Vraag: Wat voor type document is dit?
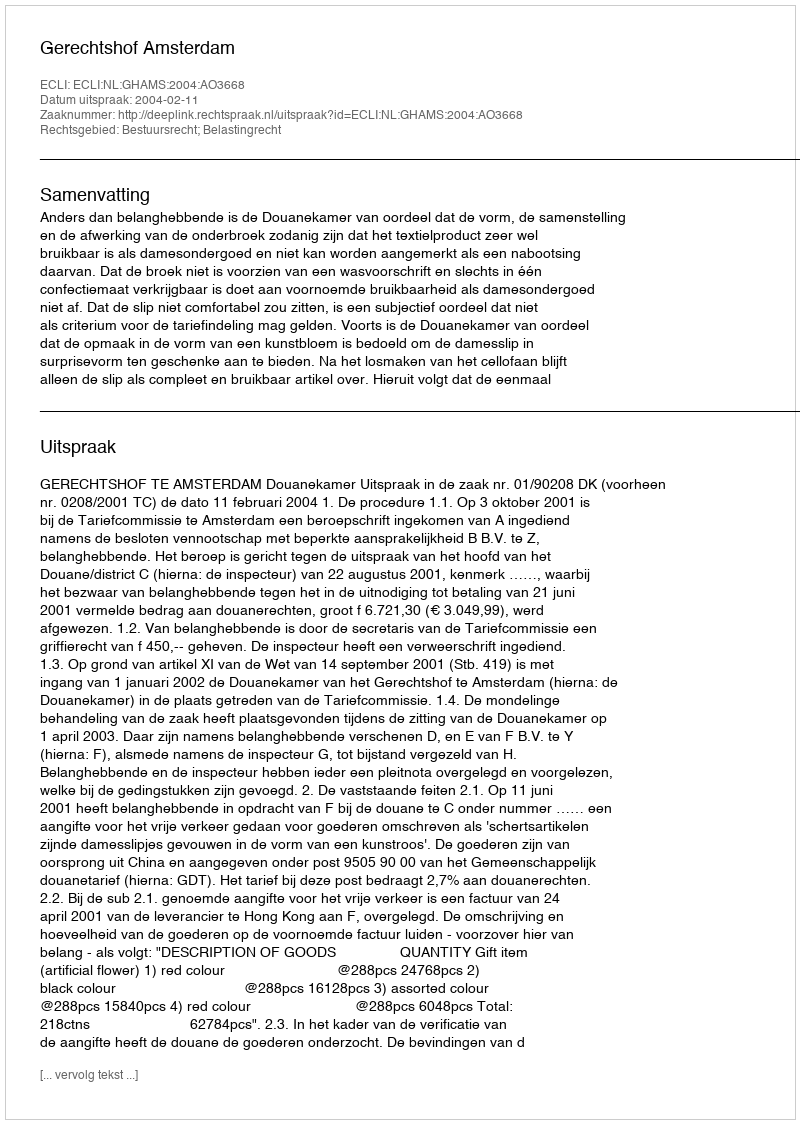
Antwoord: Uitspraak